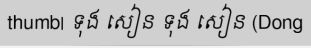
thumb| ទុង សៀន ទុង សៀន (Dong